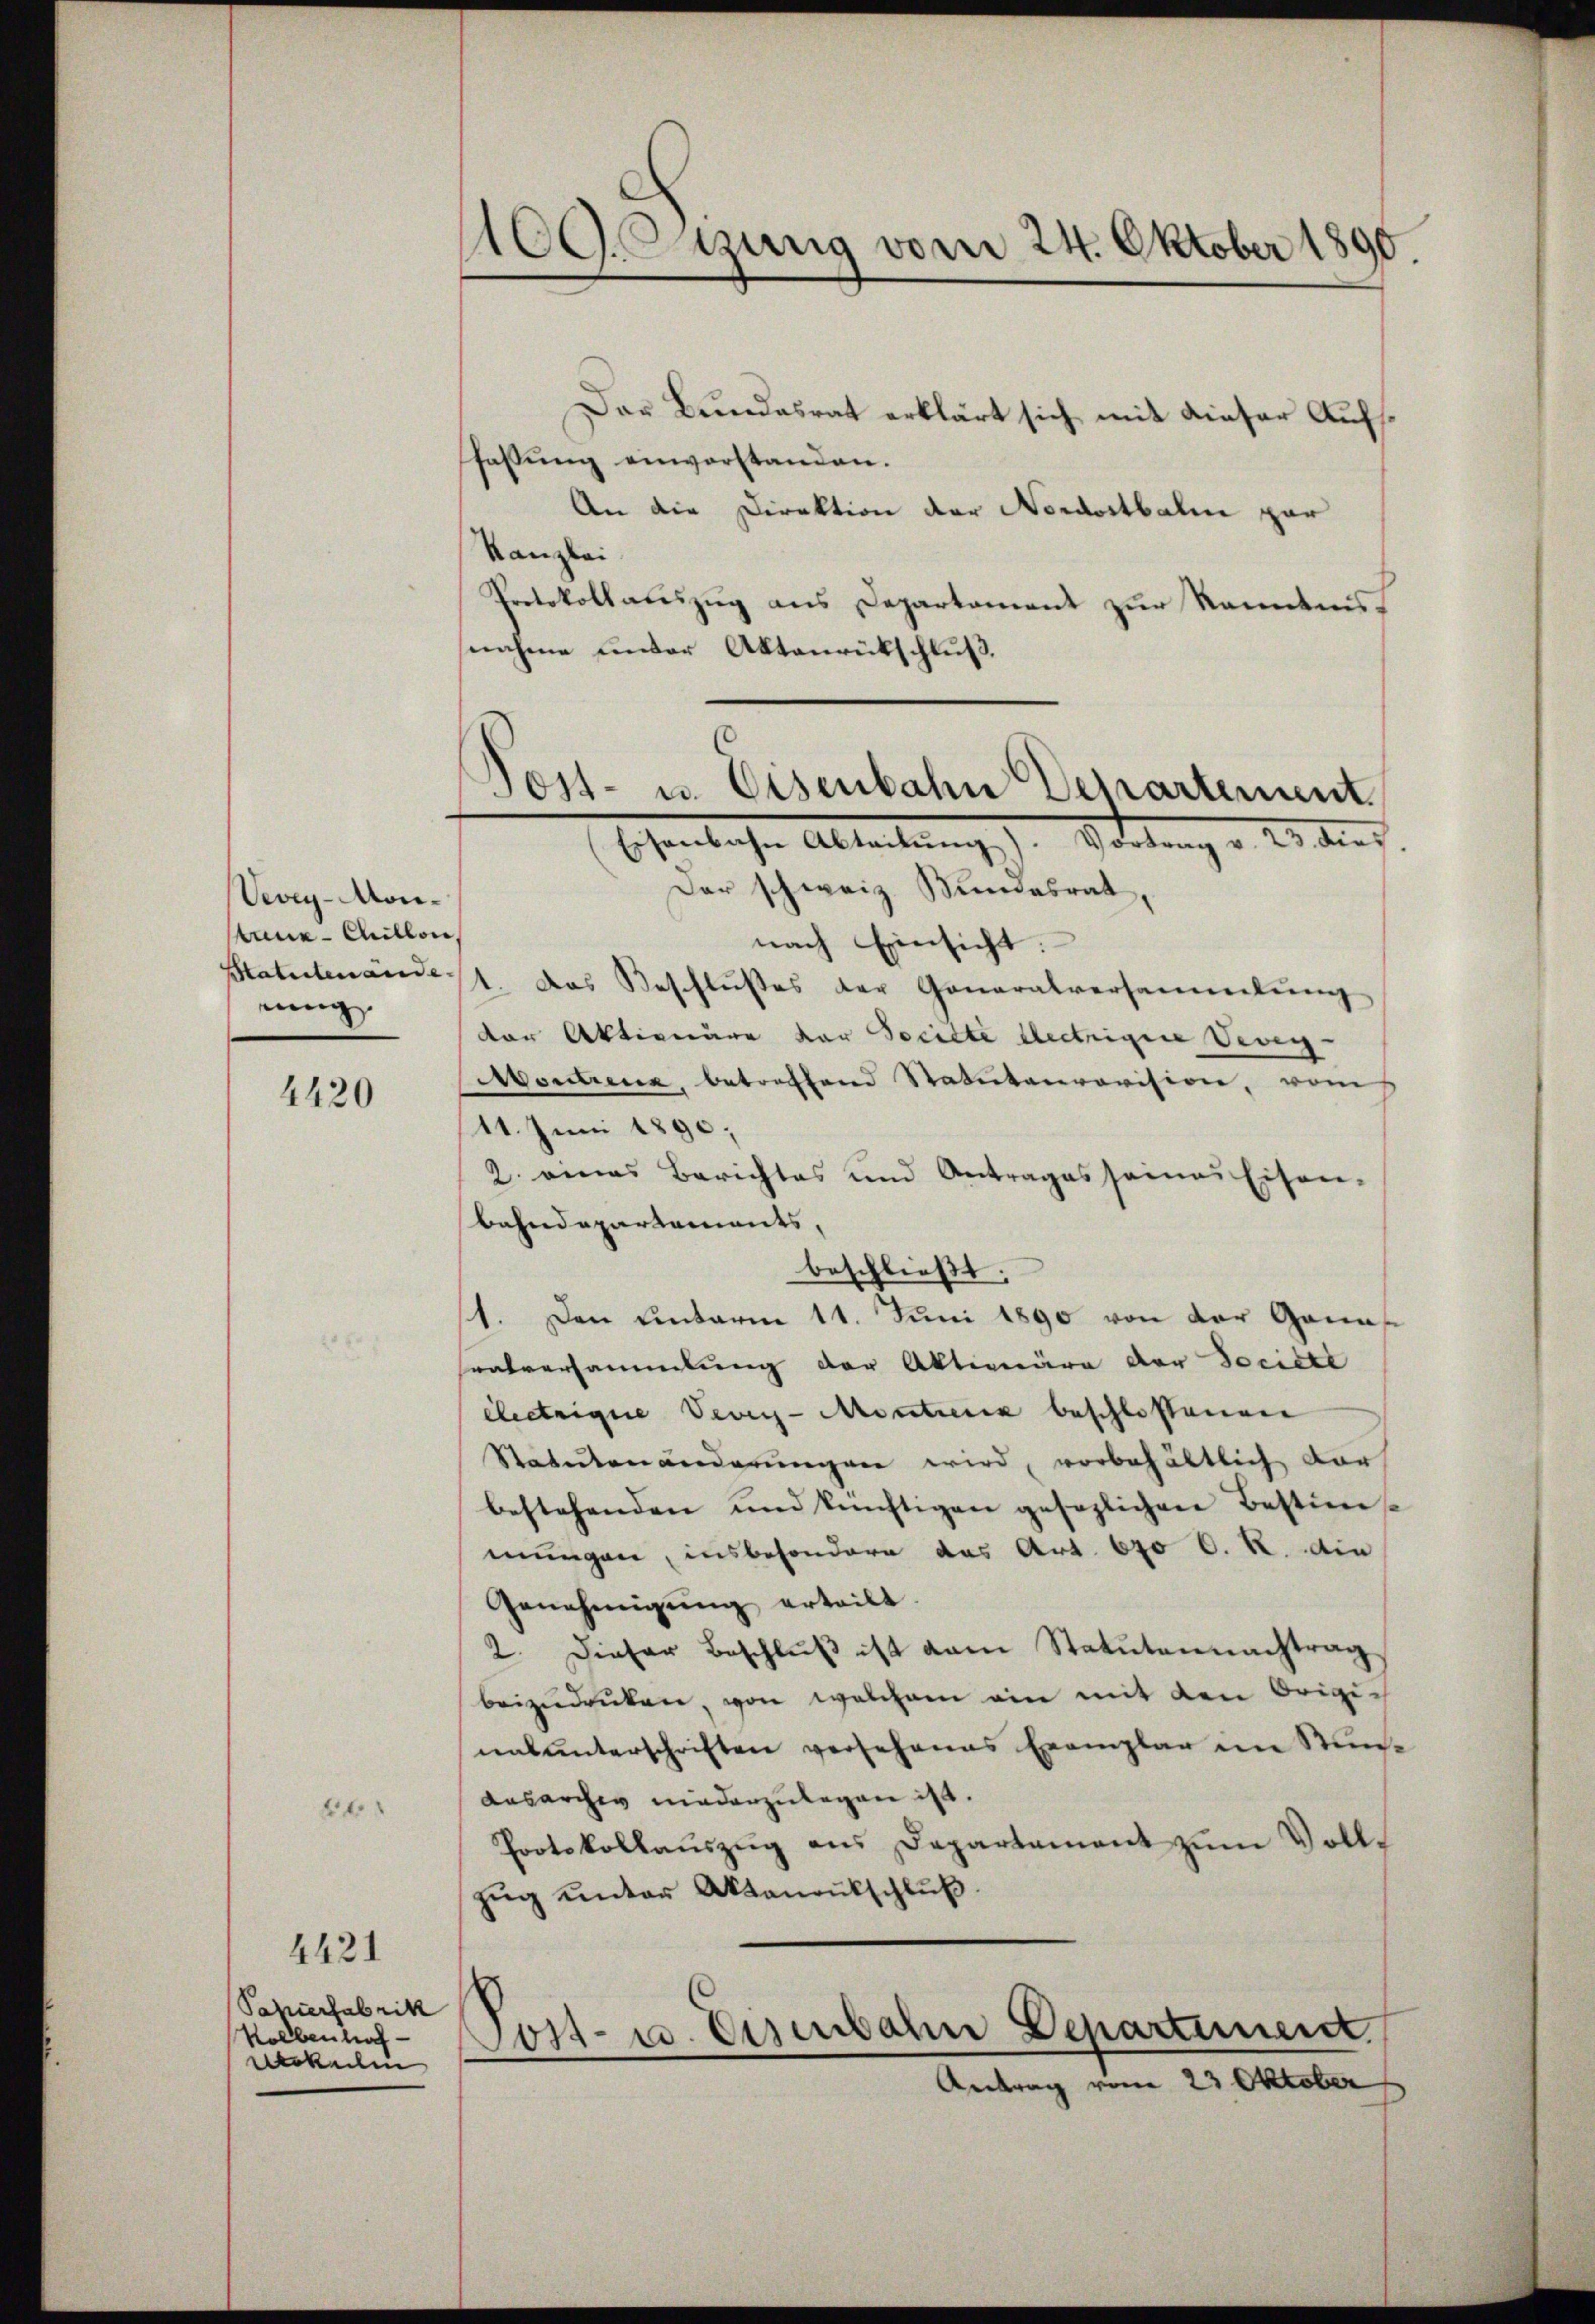
Vevey-Monaue-Aullon,
Statutenände |
nung.

4420

26

Sahierfabrik
Kolben haf
werkenn

4421

100. Fuung vom 24. Oktober 1890.

Der Bundesrat erklärt sich mit dieser Aufsfassung einvorstanden.
An die Direktion der Nordostbahn gar
Kanzlei
Protokollauszug aus Departement zur Kenntnis
nahme under Aktenrückschluß.
Der schweiz. Bundesrat,
nach Einsicht:
1. Das Beschlusses der Generalversammlung
der Aktionäre vor Socitte lectrigene Vevey
Montirenz, betreffend Statutenrovision, vom
11. Juni 1890;
2. eines Berichtes und Antrages seines Eisen-
bahndepartements,
beschließt:
11. Den unterm 11. Juni 1890 von der Ganns
vatversammlung der Aktiveräre der Societe
electrige Vevey-Moretienz beschlossenen
Statutenänderŭngen wird, vorbehältlich vor
bestehenden und künftigen gesezlichen Bestim
mungen, insbesondere das Art. 670 C. R. die
Genehmigŭng erteilt.
2. Dieser Beschlŭβ ist vom Statutennachtrag
beizŭdrüken, von welchem ein mit den Originalunterschriften versehenes Exemplar im Stun-
Ausarchiv niederzulegen ist.
Protokollaŭszŭg ans Departament zŭm Vollzŭg ŭnter Aktenantschlŭβ
Tost- u. Eisenbahn Departement
Antrag vom 23 Oktober

Post- u. Eisenbahn Departement
Eisenbahn Abteilung). Vortrag v. 23. dies